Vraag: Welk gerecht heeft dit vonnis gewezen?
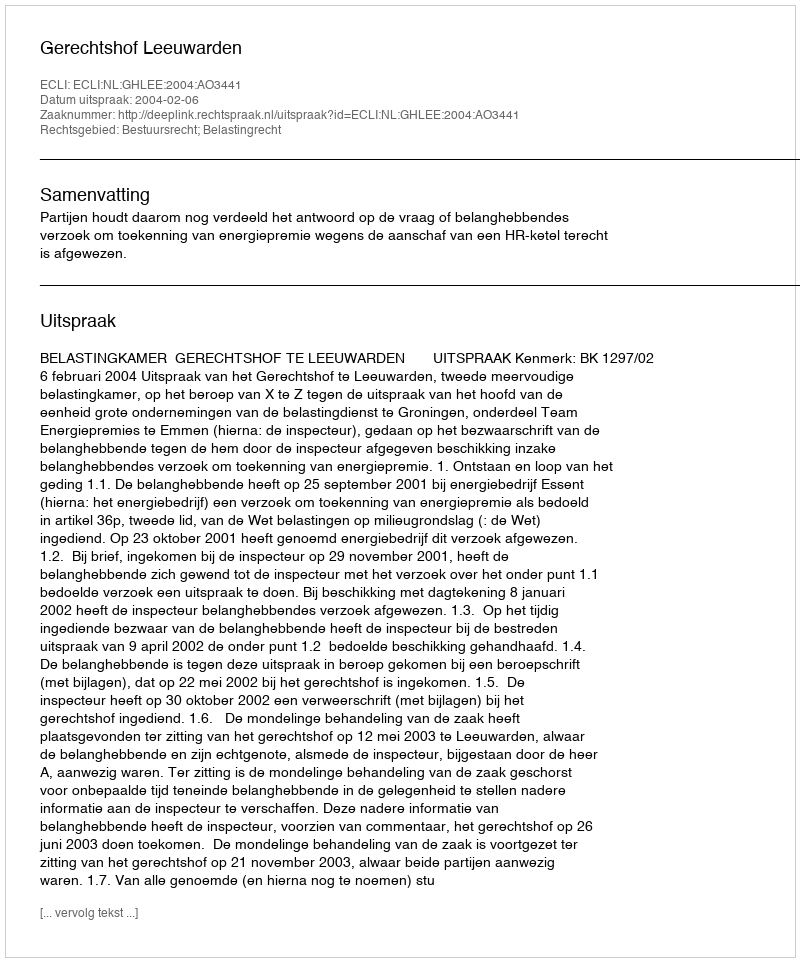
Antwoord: Gerechtshof Leeuwarden